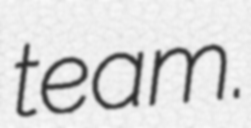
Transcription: team.